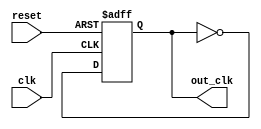
module johnson_counter_clock_divider (
    input wire clk,
    input wire reset,
    output reg out_clk
);

reg [3:0] count;

always @(posedge clk or posedge reset) begin
    if (reset) begin
        count <= 4'b0000;
        out_clk <= 1'b0;
    end else begin
        case (count)
            4'b0000: count <= 4'b0001;
            4'b0001: count <= 4'b0011;
            4'b0011: count <= 4'b0111;
            4'b0111: count <= 4'b1111;
            4'b1111: count <= 4'b0000;
        endcase
        out_clk <= ~out_clk;
    end
end

endmodule